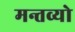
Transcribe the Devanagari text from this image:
मन्तव्यो